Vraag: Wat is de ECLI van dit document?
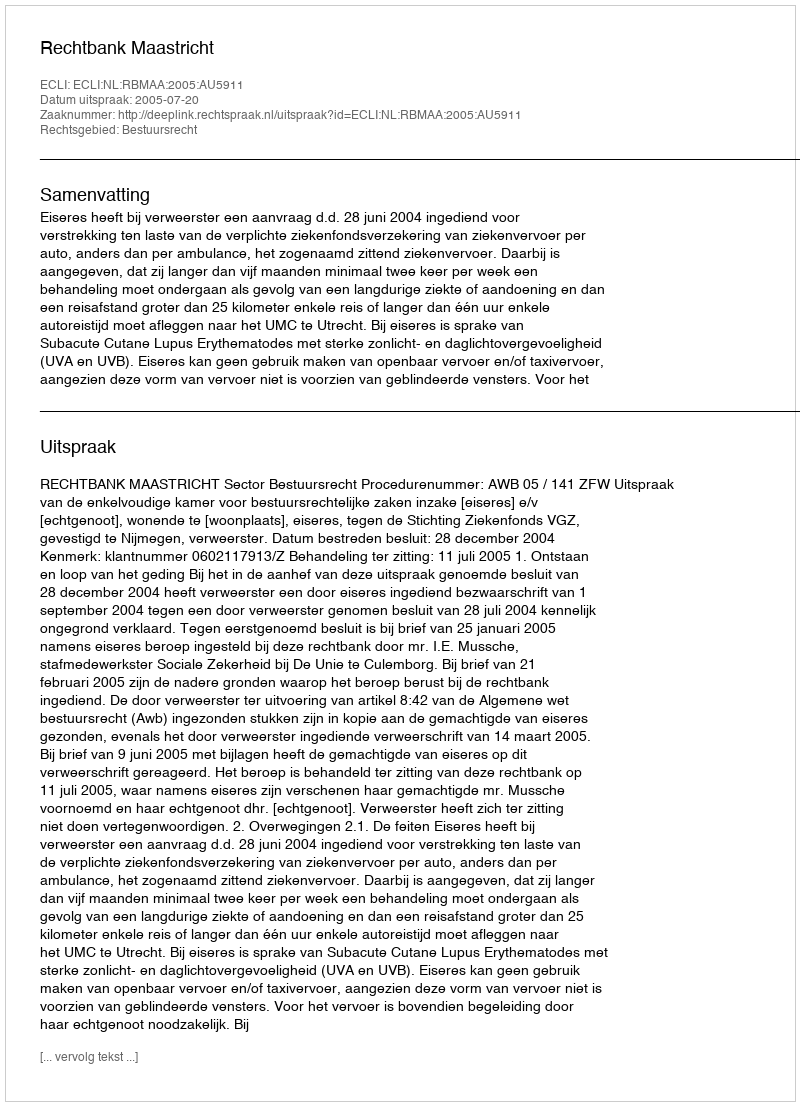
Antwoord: ECLI:NL:RBMAA:2005:AU5911